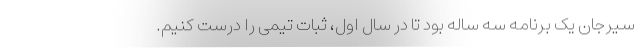
سیرجان یک برنامه سه ساله بود تا در سال اول، ثبات تیمی را درست کنیم.